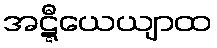
အဋ္ဋီယေယျာထ